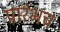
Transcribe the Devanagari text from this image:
प्रारंभच